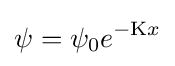
\psi =\psi _{0}e^{-\mathrm {K} x}